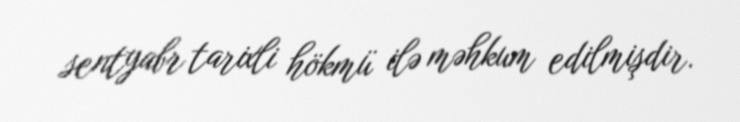
sentyabr tarixli hökmü ilə məhkum edilmişdir.